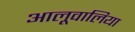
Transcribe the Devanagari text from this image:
आलूवालिया